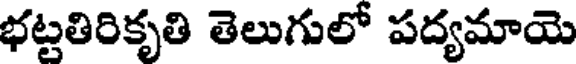
భట్టతిరికృతి తెలుగులో పద్యమాయె